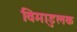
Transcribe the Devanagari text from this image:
विमाडुलक